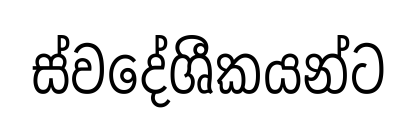
ස්වදේශීකයන්ට